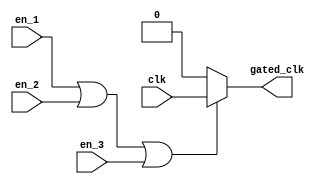
module clock_gating (
    input wire clk,               // Main clock signal
    input wire en_1,             // Enable signal 1
    input wire en_2,             // Enable signal 2
    input wire en_3,             // Enable signal 3
    // Add more enable signals as needed
    output reg gated_clk          // Gated clock output
);

// Always block to generate the gated clock
always @(*) begin
    // OR the enable signals
    if (en_1 || en_2 || en_3) begin
        gated_clk = clk;         // Pass the clock if any enable signal is high
    end else begin
        gated_clk = 1'b0;        // Gated clock is low if all enable signals are low
    end
end

endmodule